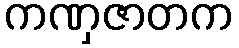
ကဏှဇာတက